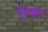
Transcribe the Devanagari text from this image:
ऐन्जल